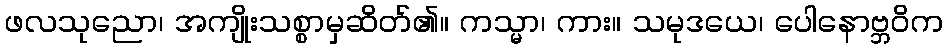
ဖလသုညော၊ အကျိုးသစ္စာမှဆိတ်၏။ ကသ္မာ၊ ကား။ သမုဒယေ၊ ပေါနောဗ္ဘဝိက